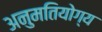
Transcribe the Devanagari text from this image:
अनुमतियोग्य